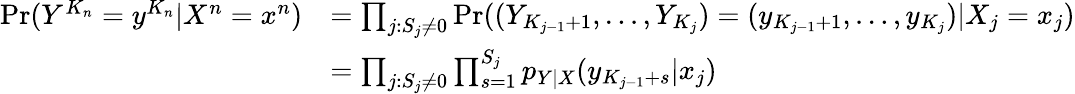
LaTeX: \begin{array}{rl}{\operatorname*{Pr}(Y^{K_{n}}=y^{K_{n}}|X^{n}=x^{n})}&{=\prod_{j:S_{j}\neq 0}\operatorname*{Pr}((Y_{K_{j-1}+1},\dots,Y_{K_{j}})=(y_{K_{j-1}+1},\dots,y_{K_{j}})|X_{j}=x_{j})}\\ &{=\prod_{j:S_{j}\neq 0}\prod_{s=1}^{S_{j}}p_{Y|X}(y_{K_{j-1}+s}|x_{j})}\end{array}